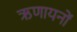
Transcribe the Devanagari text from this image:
ऋणायनों